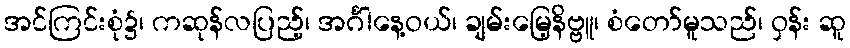
အင်ကြင်းစုံ၌၊ ကဆုန်လပြည့်၊ အင်္ဂါနေ့ဝယ်၊ ချမ်းမြေ့နိဗ္ဗူ၊ စံတော်မူသည်၊ ဝှန်း ဆူ